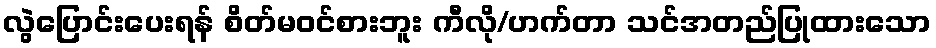
လွဲပြောင်းပေးရန် စိတ်မဝင်စားဘူး ကီလို/ဟက်တာ သင်အတည်ပြုထားသော